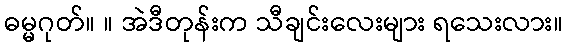
ဓမ္မဂုတ်။ ။ အဲဒီတုန်းက သီချင်းလေးများ ရသေးလား။